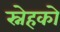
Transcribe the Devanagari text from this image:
स्नेहको